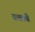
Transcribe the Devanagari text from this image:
वत्सांचे